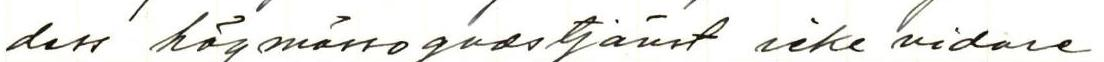
dess högmässogudstjänst icke vidare